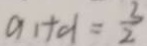
a _ { 1 } + d = \frac { 3 } { 2 }